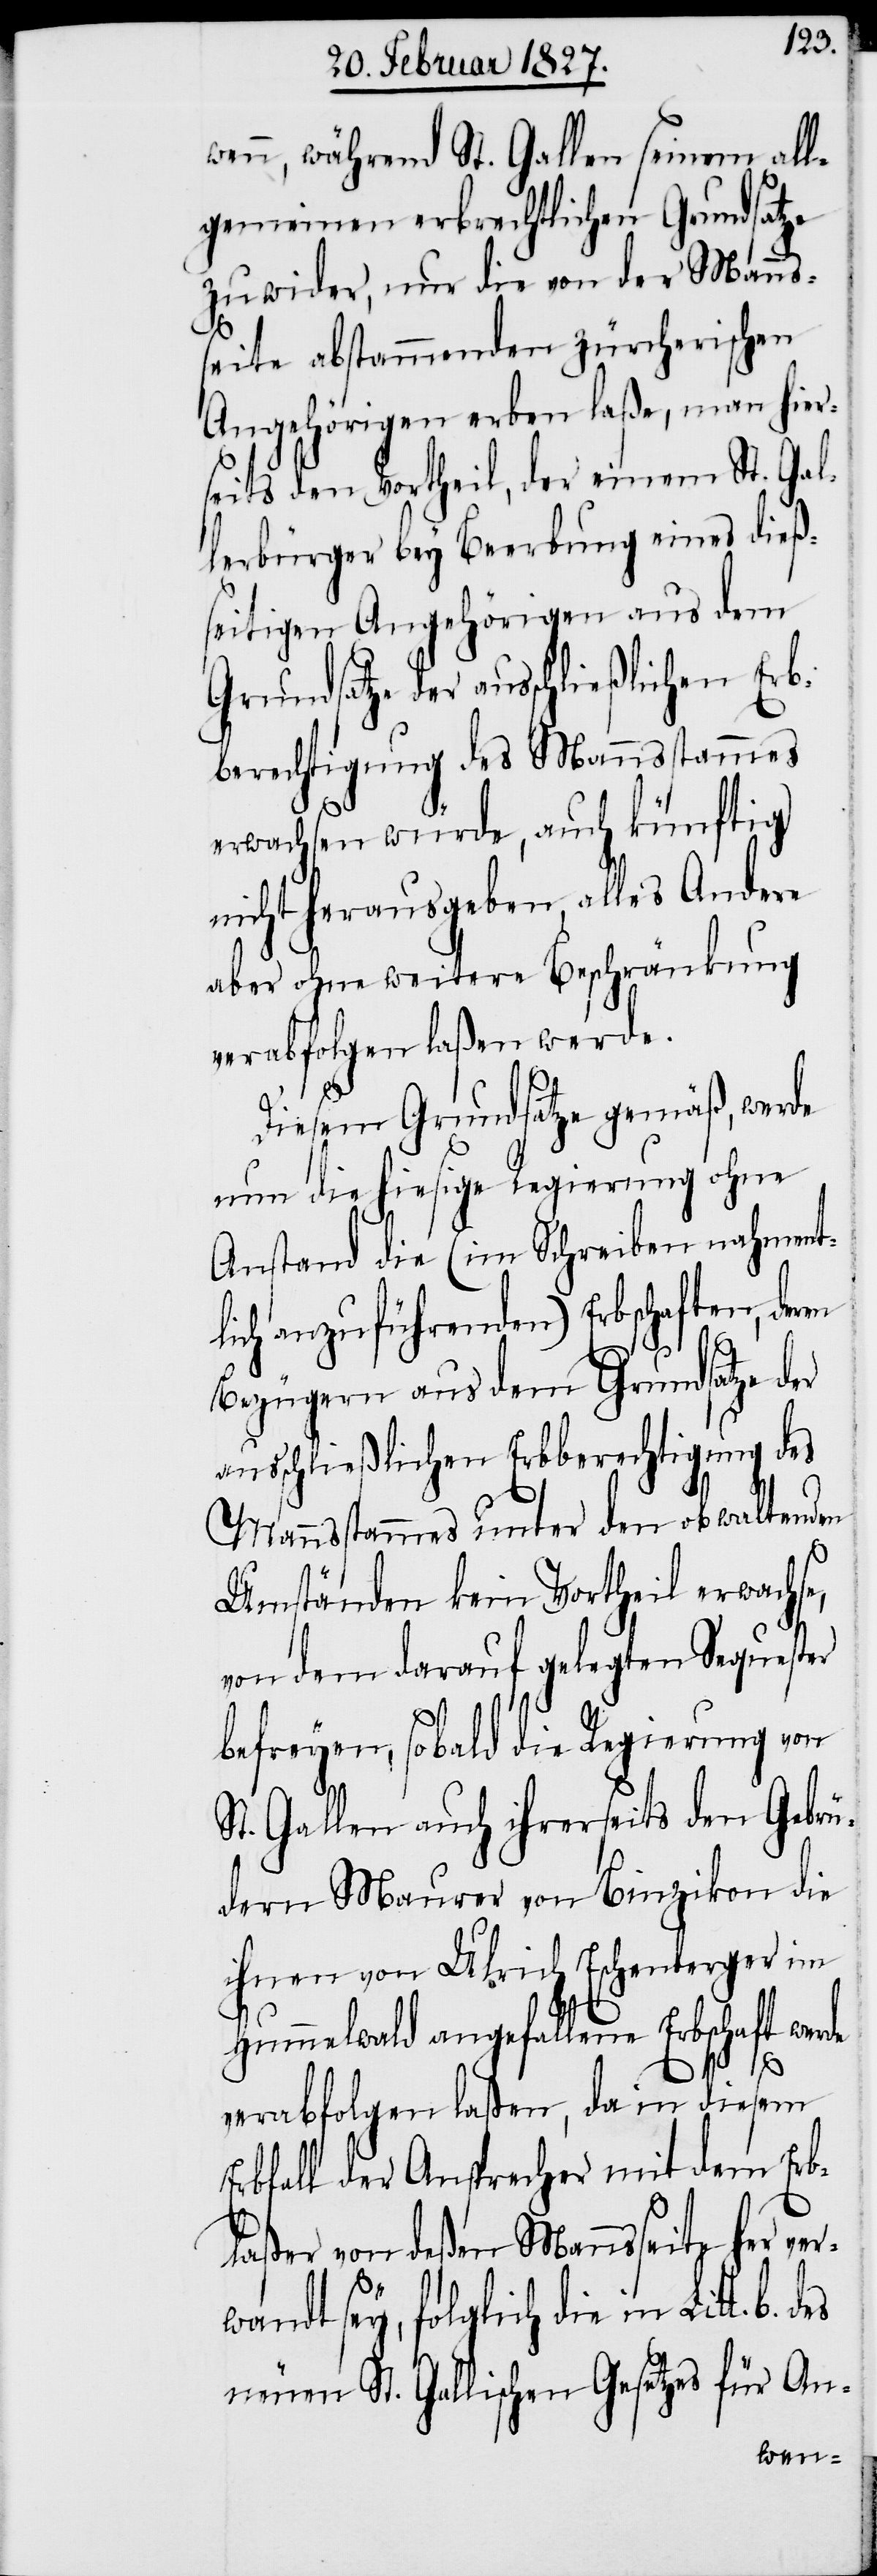
wenn, während St. Gallen seinem all¬
gemeinen erbrechtlichen Grundsatze
zuwider, nur die von der Manns¬
seite abstammenden zürcherischen
Angehörigen erben laße, man hier¬
seits den Vortheil, der einen St. Gal¬
lerbürger bey Beerbung eines dieß¬
seitigen Angehörigen aus dem
Grundsatze der ausschließlichen Erb¬
berechtigung des Mannsstammes
erwachsen würde, auch künftig
nicht herausgeben, alles Andere
aber ohne weitere Beschränkung
verabfolgen laßen werde.
Diesem Grundsatze gemäß, werde
nun die hiesige Regierung ohne
Anstand die (im Schreiben nahment¬
lich anzuführenden) Erbschaften, deren
Bezügern aus dem Grundsatze der
ausschließlichen Erbberechtigung des
Mannsstammes unter den obwaltenden
Umständen kein Vortheil erwachse,
von dem darauf gelegten Sequester
befreyen, sobald die Regierung von
St. Gallen auch ihrerseits den Gebrü¬
dern Maurer von Binzikon die
ihnen von Ulrich Eschenberger im
Hummelwald angefallene Erbschaft werde
verabfolgen laßen, da in diesem
Erbfall der Ansprecher mit dem Erb¬
laßer von deßen Mannsseite her ver¬
wandt sey, folglich die in Litt. b.
neuen St. Gallischen Gesetzes für An-